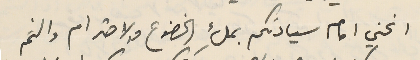
انحني امام سيادتكم بملءِ الخضوع والاحترام والثم